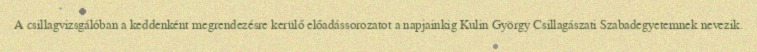
A csillagvizsgálóban a keddenként megrendezésre kerülő előadássorozatot a napjainkig Kulin György Csillagászati Szabadegyetemnek nevezik.